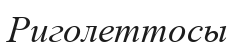
Риголеттосы